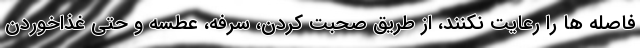
فاصله ها را رعایت نکنند، از طریق صحبت کردن، سرفه، عطسه ‌و حتی غذاخوردن